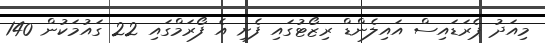
މިއަދު ޕެރަޑައިސް އައިލެންޑް ރިޒޯޓުގައި ފެށި އެ ފޯރަމްގައި 22 ގައުމަކުން 140